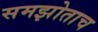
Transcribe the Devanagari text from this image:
समझोताच